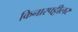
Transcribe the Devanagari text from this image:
किनारपट्टीलर